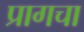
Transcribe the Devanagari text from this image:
प्रागचा